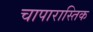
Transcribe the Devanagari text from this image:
चापारास्तिक